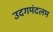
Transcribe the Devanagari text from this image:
उदगमंदलम